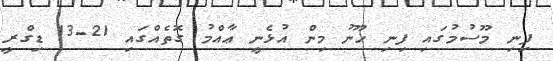
ފިނި މޫސުމުގައި ފިނި ހޫނު މިން އުޅެނީ ޢާއްމު ގޮތެއްގައި 21-13 ޑިގްރީ